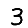
Digit: 3